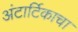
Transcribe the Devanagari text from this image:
अंटार्टिकाचा